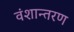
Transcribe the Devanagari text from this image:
वंशान्तरण